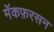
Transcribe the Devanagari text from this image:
मॅकफ़रसन